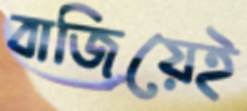
বাজিয়েই